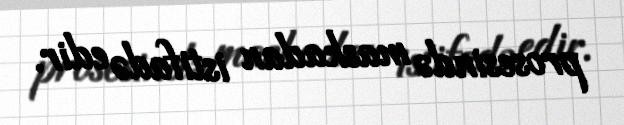
prosesində maskadan istifadə edir.